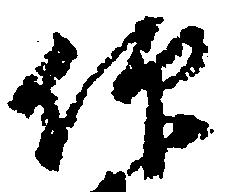
仰